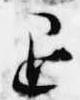
退